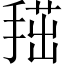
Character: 𢱞